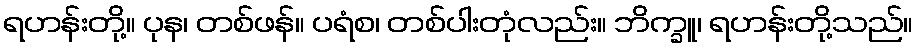
ရဟန်းတို့။ ပုန၊ တစ်ဖန်။ ပရံစ၊ တစ်ပါးတုံလည်း။ ဘိက္ခူ၊ ရဟန်းတို့သည်။